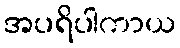
အပရိပါကာယ